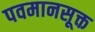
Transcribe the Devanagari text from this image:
पवमानसूक्त